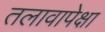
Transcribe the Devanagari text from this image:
तलावापेक्षा